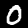
Label: 0